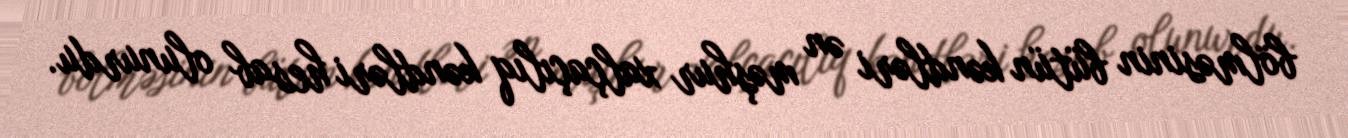
bölməsinin bütün kəndləri ən məşhur xalçaçılıq kəndləri hesab olunurdu.